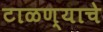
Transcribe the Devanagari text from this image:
टाळण्याचे